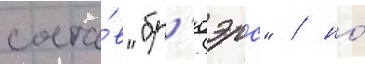
соста́в "бр'юэрс" / но́